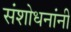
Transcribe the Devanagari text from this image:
संशोधनांनी